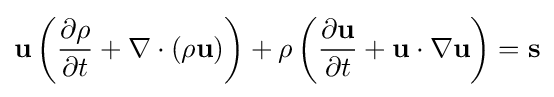
\mathbf {u} \left({\frac {\partial \rho }{\partial t}}+\nabla \cdot (\rho \mathbf {u} )\right)+\rho \left({\frac {\partial \mathbf {u} }{\partial t}}+\mathbf {u} \cdot \nabla \mathbf {u} \right)=\mathbf {s}